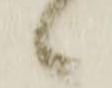
候